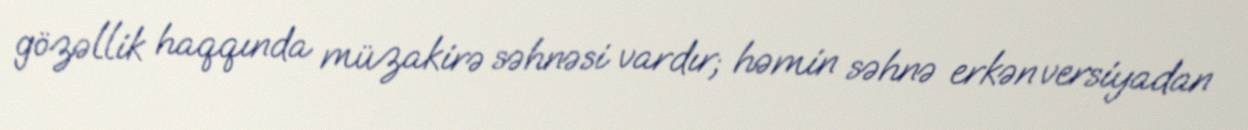
gözəllik haqqında müzakirə səhnəsi vardır; həmin səhnə erkən versiyadan